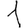
Digit: 1